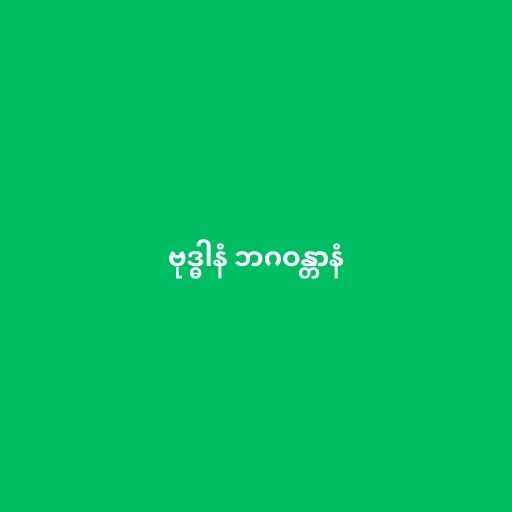
ဗုဒ္ဓါနံ ဘဂဝန္တာနံ